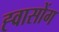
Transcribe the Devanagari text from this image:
ह्वासोंग